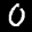
Label: 0